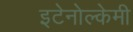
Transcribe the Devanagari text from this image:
इटेनोल्केमी